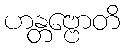
ဟန္တဗ္ဗောတိ